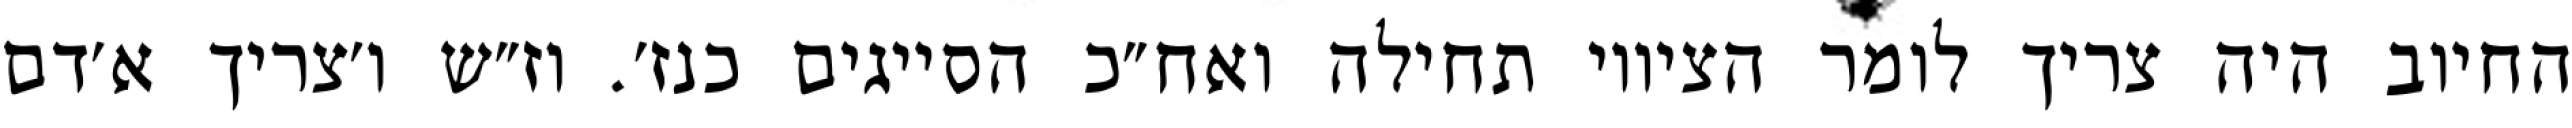
החיוב היה צריך לומר הציווי תחילה ואח״כ הסייגים כנז׳. וז״ש ו׳צריך א׳דם